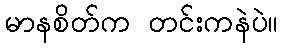
မာနစိတ်က တင်းကနဲပဲ။